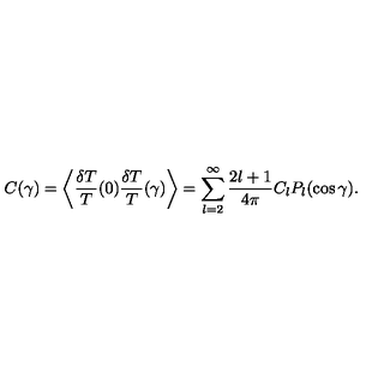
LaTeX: C ( \gamma ) = \left\langle \frac { \delta T } { T } ( 0 ) \frac { \delta T } { T } ( \gamma ) \right\rangle = \sum _ { l = 2 } ^ { \infty } \frac { 2 l + 1 } { 4 \pi } C _ { l } P _ { l } ( \cos \gamma ) .